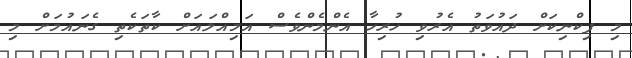
މި ޕިކްނިކަށް ދައުވަތު އެރުވި ހުރިހާ އެންމެންވެސް އަމިއްލައަށް ކާތަކެތި ގެނައުމަށް މި